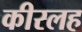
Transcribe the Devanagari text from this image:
कीरलह